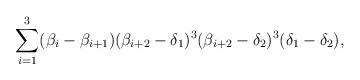
LaTeX: \begin{align*}\sum_{i=1}^{3}(\beta_{i}-\beta_{i+1})(\beta_{i+2}-\delta_{1})^{3}(\beta_{i+2}-\delta_{2})^{3}(\delta_{1}-\delta_{2}),\end{align*}